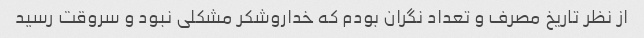
از نظر تاریخ مصرف و تعداد نگران بودم که خداروشکر مشکلی نبود و سروقت رسید